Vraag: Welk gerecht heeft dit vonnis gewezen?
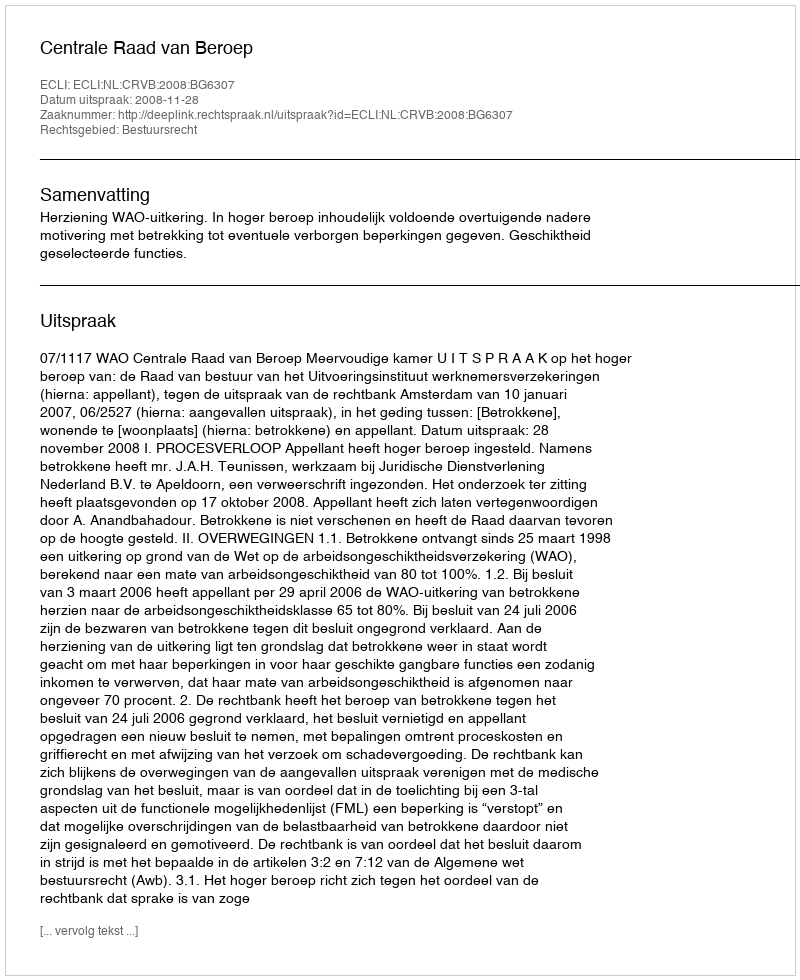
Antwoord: Centrale Raad van Beroep